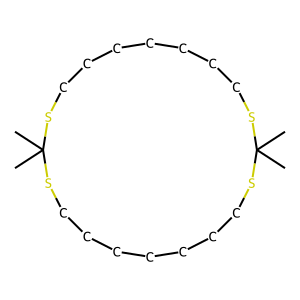
SMILES: CC1(C)SCCCCCCCSC(C)(C)SCCCCCCCS1
Inhibits HIV replication: No